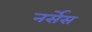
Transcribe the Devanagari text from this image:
नर्सेस